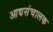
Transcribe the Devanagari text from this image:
आद्यसंचालक